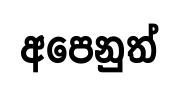
අපෙනුත්